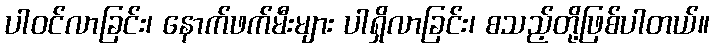
ပါဝင်လာခြင်း၊ နောက်ဖက်မီးများ ပါရှိလာခြင်း၊ စသည့်တို့ဖြစ်ပါတယ်။